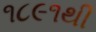
૧૮૯૧થી